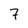
Character: 7